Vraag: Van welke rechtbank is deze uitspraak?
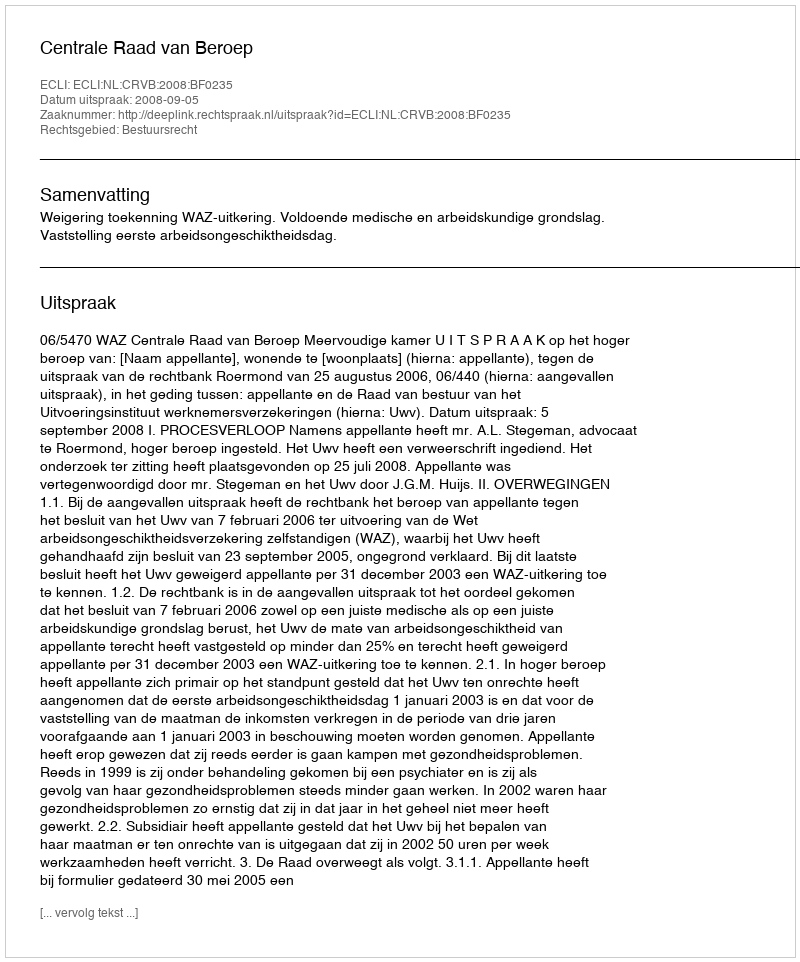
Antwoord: Centrale Raad van Beroep